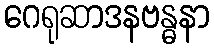
ဂေရုဆာဒနဗန္ဓနာ